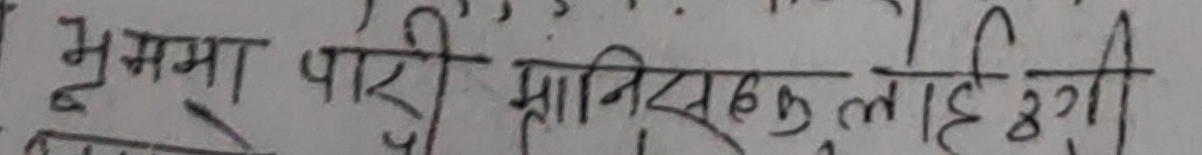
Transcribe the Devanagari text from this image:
भूममा पारी प्रानिसहलाई गरी